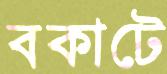
বকাটে